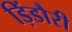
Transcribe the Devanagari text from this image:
ड़िंडौरी